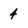
Character: 4